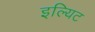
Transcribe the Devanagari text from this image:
इल्यिट